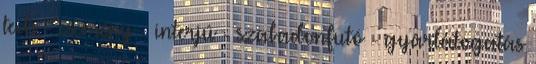
tech - esemény - interjú - szabadonfutó - gyárlátogatás